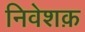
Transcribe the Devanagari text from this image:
निवेशक़